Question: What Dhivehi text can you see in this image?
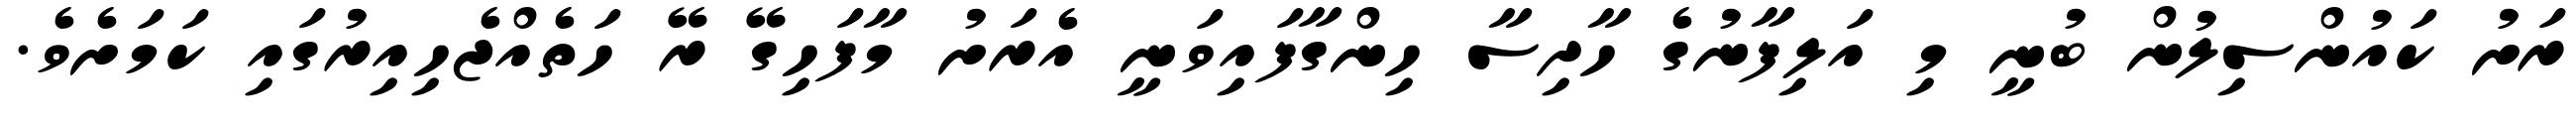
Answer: ރަށު ކައުންސިލުން ބުނީ މި އަލިފާނުގެ ހާދިސާ ހިންގާފައިވަނީ އެރަށު މާފަހިގޭ ރޭ ހަތެއްޖެހިއިރުގައި ކަމަށެވެ.